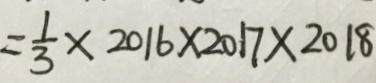
= \frac { 1 } { 3 } \times 2 0 1 6 \times 2 0 1 7 \times 2 0 1 8